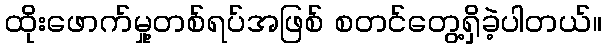
ထိုးဖောက်မှု့တစ်ရပ်အဖြစ် စတင်တွေ့ရှိခဲ့ပါတယ်။